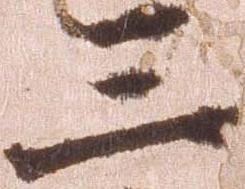
三